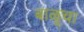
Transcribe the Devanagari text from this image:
बाळूचा